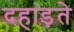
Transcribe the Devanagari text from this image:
दहाड़ते